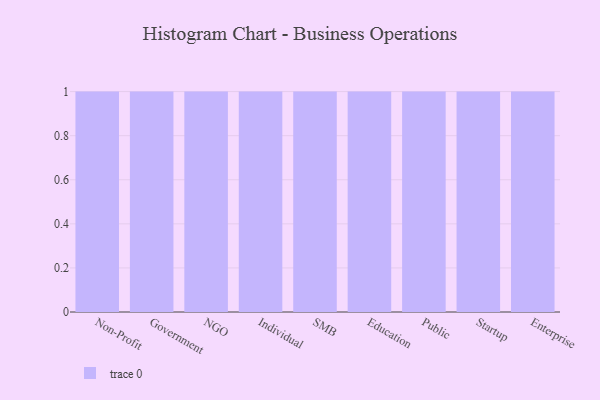
{"axis": {"x": "Segment", "y": "Active Users"}, "legend": [""], "data": [{"x": "Non-Profit", "y": 17, "type": ""}, {"x": "Government", "y": 63, "type": ""}, {"x": "NGO", "y": 30, "type": ""}, {"x": "Individual", "y": 88, "type": ""}, {"x": "SMB", "y": 99, "type": ""}, {"x": "Education", "y": 41, "type": ""}, {"x": "Public", "y": 54, "type": ""}, {"x": "Startup", "y": 48, "type": ""}, {"x": "Enterprise", "y": 15, "type": ""}]}